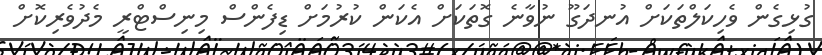
ގުޅިގެން ވެހިކަލްތަކަށް އުނދަގޫ ނުވާނެ ގޮތަކަށް އެކަން ކުރުމަށް ޑިފެންސް މިނިސްޓްރީ މެދުވެރިކޮށް